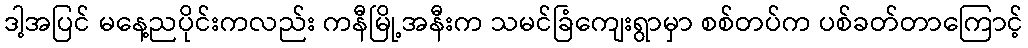
ဒါ့အပြင် မနေ့ညပိုင်းကလည်း ကနီမြို့အနီးက သမင်ခြံကျေးရွာမှာ စစ်တပ်က ပစ်ခတ်တာကြောင့်